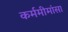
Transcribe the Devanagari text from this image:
कर्ममीमांसा